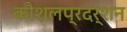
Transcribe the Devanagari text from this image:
कौशलप्रदर्शन